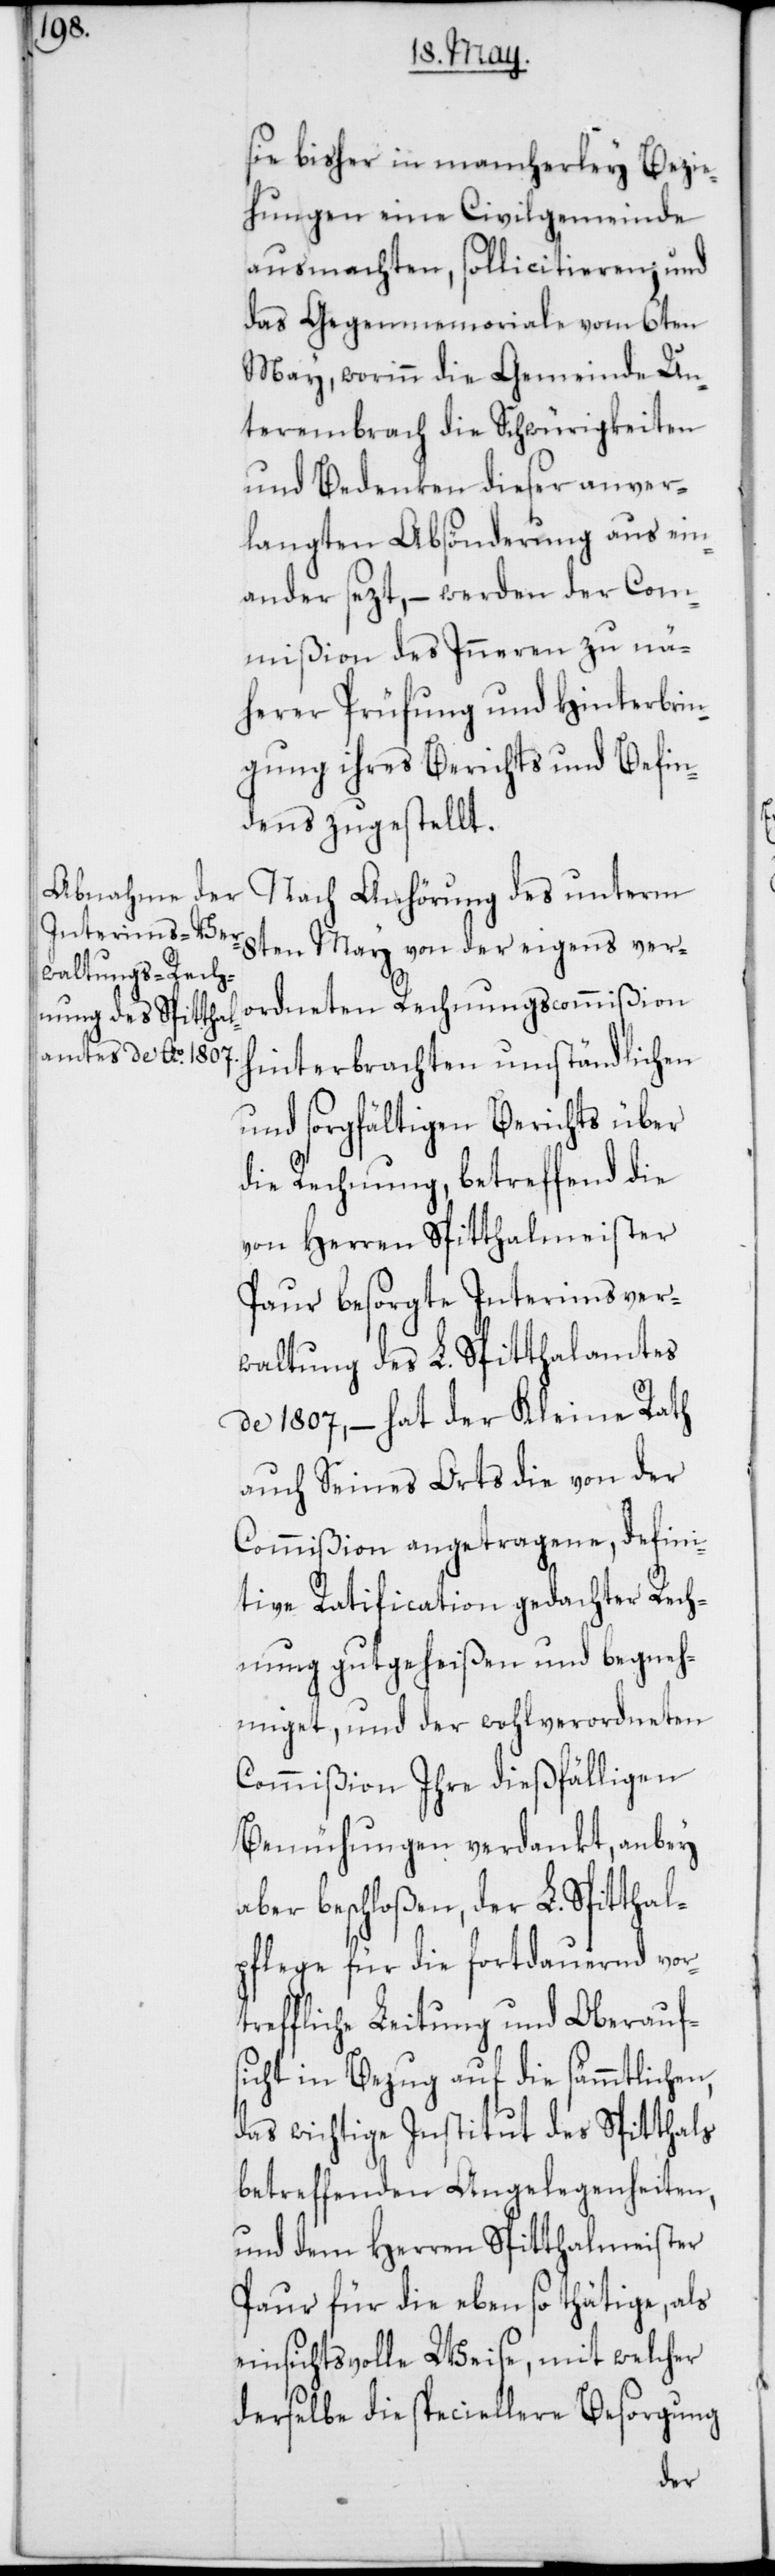
sie bisher in mancherley Bezi¬
ehungen eine Civilgemeinde
ausmachten, sollicitieren; und
das Gegenmemoriale vom 6ten
May, worinn die Gemeinde Un¬
terembrach die Schwürigkeiten
und Bedenken dieser anver¬
langten Absönderung ausein¬
ander sezt, – werden der Com¬
mißion des Inneren zu nä¬
herer Prüfung und Hinterbrin¬
gung ihres Berichts und Befin¬
dens zugestellt.
Nach Anhörung des unterm
8ten May von der eigens ver¬
ordneten Rechnungscommißion
hinterbrachten umständlichen
und sorgfältigen Berichts über
die Rechnung, betreffend die
von Herren Spitthalmeister
Paur besorgte Interimsver¬
waltung des L. Spitthalamtes
de 1807, – hat der Kleine Rath
auch Seines Orts die von der
Commißion angetragene, defini¬
tive Ratification gedachter Rech¬
nung gutgeheißen und begneh¬
miget, und der wohlverordneten
Commißion Ihre dießfälligen
Bemühungen verdankt, anbey
aber beschloßen, der L. Spitthal¬
pflege für die fortdauernd vort¬
reffliche Leitung und Oberauf¬
sicht in Bezug auf die sämmtlichen,
das wichtige Institut des Spitthals
betreffenden Angelegenheiten,
und dem Herren Spitthalmeister
Paur für die eben so thätige, als
einsichtsvolle Weise, mit welcher
derselbe die speciellere Besorgung